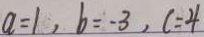
a = 1 , b = - 3 , c = 4